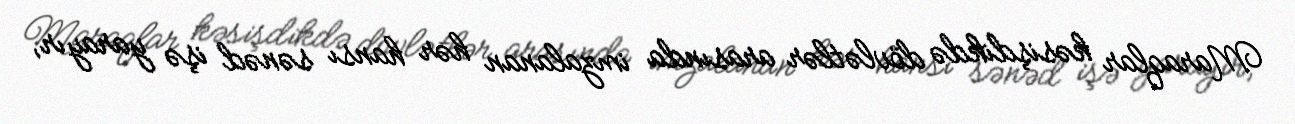
Maraqlar kəsişdikdə dövlətlər arasında imzalanan hər hansı sənəd işə yarayır,